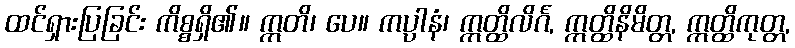
ထင်ရှားပြခြင်း ကိစ္စရှိ၏။ ဣတိ၊ ပေ။ ကပ္ပါနံ၊ ဣတ္ထိလိင်္ဂ, ဣတ္ထိနိမိတ္တ, ဣတ္ထိကုတ္တ,